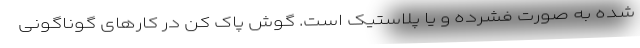
شده به صورت فشرده و یا پلاستیک است. گوش‌ پاک‌ کن در کارهای گوناگونی